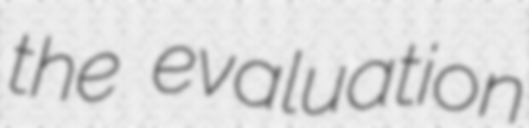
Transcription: the evaluation